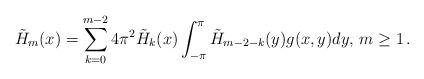
LaTeX: \begin{align*} \tilde H_m(x)=\sum_{k=0}^{m-2}4\pi^2\tilde H_k(x)\int_{-\pi}^\pi\tilde H_{m-2-k}(y)g(x,y)dy,\,m\ge1\,.\end{align*}